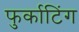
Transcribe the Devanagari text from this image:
फुर्काटिंग